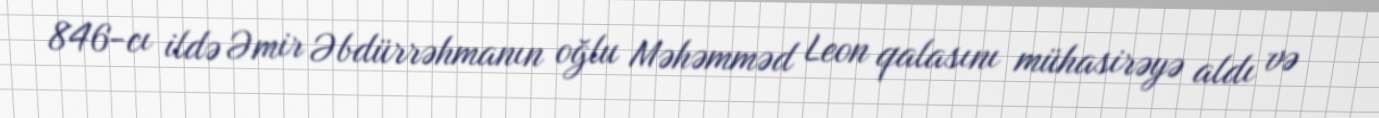
846-cı ildə Əmir Əbdürrəhmanın oğlu Məhəmməd Leon qalasını mühasirəyə aldı və